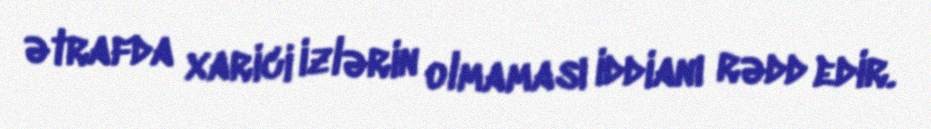
ətrafda xarici izlərin olmaması iddianı rədd edir.